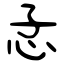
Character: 嫠